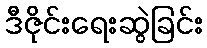
ဒီဇိုင်းရေးဆွဲခြင်း